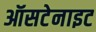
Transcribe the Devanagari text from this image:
ऑसटेनाइट